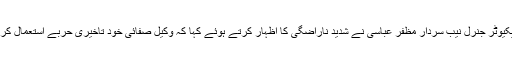
کمرہ عدالت میں اس وقت گرما گرمی دیکھنے میں آئی جب ڈپٹی پراسیکیوٹر جنرل نیب سردار مظفر عباسی نے شدید ناراضگی کا اظہار کرتے ہوئے کہا کہ وکیل صفائی خود تاخیری حربے استعمال کرتے ہیں اور باہر جا کر شور کرتے ہیں کہ ٹرائل میں تاخیر ہورہی ہے۔